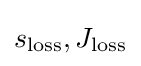
s_{\text{loss}},J_{\text{loss}}